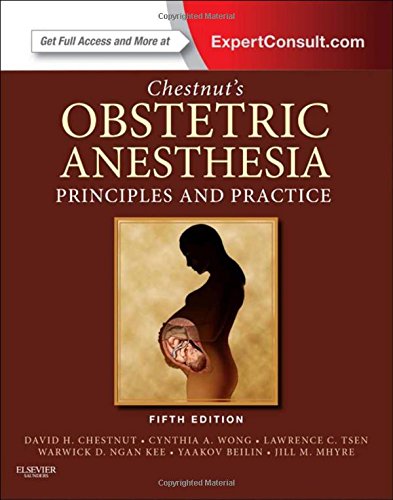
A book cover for Chestnut's Obstetric Anesthesia: Principles and Practice: Expert Consult - Online and Print, 5e (Chestnut, Chestnut's Obstetric Anesthesia: Principles and Practice); David H. Chestnut MD; Medical Books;